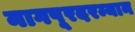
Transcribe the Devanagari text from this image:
नागपूरदरम्यान